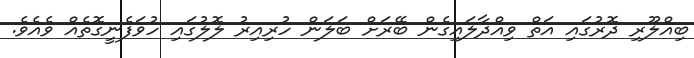
ބިއްލޫރި ދޮރުގައި އަތް ވިއްދާލައިގެން ބޭރަށް ބަލަން ހުރިއިރު ލޮލުގައި ހުވަފެނީގޮތެއް ވެއެވެ.